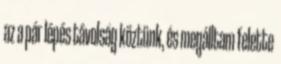
az a pár lépés távolság köztünk, és megálltam felette